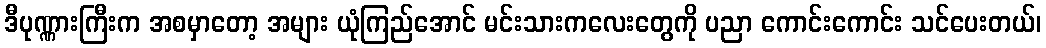
ဒီပုဏ္ဏားကြီးက အစမှာတော့ အများ ယုံကြည်အောင် မင်းသားကလေးတွေကို ပညာ ကောင်းကောင်း သင်ပေးတယ်၊